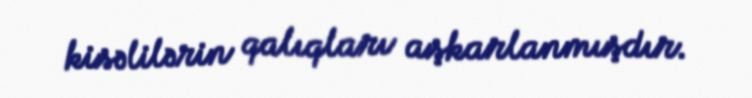
kisəlilərin qalıqları aşkarlanmışdır.